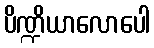
ပိဏ္ဍိယာလောပေါ